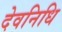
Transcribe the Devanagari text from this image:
देवनिधि